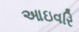
આઇવરિ